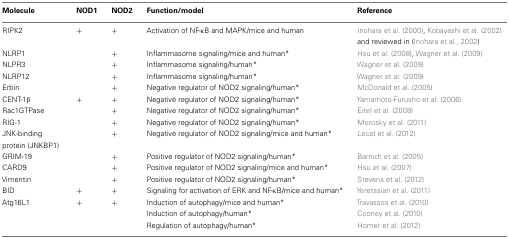
<table><thead><tr><td><b>Molecule</b></td><td><b>NOD1</b></td><td><b>NOD2</b></td><td><b>Function/model</b></td><td><b>Reference</b></td></tr></thead><tbody><tr><td>RIPK2</td><td>+</td><td>+</td><td>Activation of NF-κB and MAPK/mice and human</td><td>Inohara et al. (2000), Kobayashi et al. (2002) and reviewed in (Inohara et al., 2002)</td></tr><tr><td>NLRP1</td><td></td><td>+</td><td>Inflammasome signaling/mice and human*</td><td>Hsu et al. (2008), Wagner et al. (2009)</td></tr><tr><td>NLPR3</td><td></td><td>+</td><td>Inflammasome signaling/human*</td><td>Wagner et al. (2009)</td></tr><tr><td>NLRP12</td><td></td><td>+</td><td>Inflammasome signaling/human*</td><td>Wagner et al. (2009)</td></tr><tr><td>Erbin</td><td></td><td>+</td><td>Negative regulator of NOD2 signaling/human*</td><td>McDonald et al. (2005)</td></tr><tr><td>CENT-1β</td><td>+</td><td>+</td><td>Negative regulator of NOD2 signaling/human*</td><td>Yamamoto-Furusho et al. (2006)</td></tr><tr><td>Rac1GTPase</td><td></td><td>+</td><td>Negative regulator of NOD2 signaling/human*</td><td>Eitel et al. (2008)</td></tr><tr><td>RIG-1</td><td></td><td>+</td><td>Negative regulator of NOD2 signaling/human*</td><td>Morosky et al. (2011)</td></tr><tr><td>JNK-binding protein (JNKBP1)</td><td></td><td>+</td><td>Negative regulator of NOD2 signaling/mice and human*</td><td>Lecat et al. (2012)</td></tr><tr><td>GRIM-19</td><td></td><td>+</td><td>Positive regulator of NOD2 signaling/human*</td><td>Barnich et al. (2005)</td></tr><tr><td>CARD9</td><td></td><td>+</td><td>Positive regulator of NOD2 signaling/mice and human*</td><td>Hsu et al. (2007)</td></tr><tr><td>Vimentin</td><td></td><td>+</td><td>Positive regulator of NOD2 signaling/human*</td><td>Stevens et al. (2012)</td></tr><tr><td>BID</td><td>+</td><td>+</td><td>Signaling for activation of ERK and NF-κB/mice and human*</td><td>Yeretssian et al. (2011)</td></tr><tr><td>Atg16L1</td><td>+</td><td>+</td><td>Induction of autophagy/mice and human*</td><td>Travassos et al. (2010)</td></tr><tr><td></td><td></td><td></td><td>Induction of autophagy/human*</td><td>Cooney et al. (2010)</td></tr><tr><td></td><td></td><td></td><td>Regulation of autophagy/human*</td><td>Homer et al. (2012)</td></tr></tbody></table>